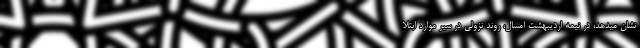
نشان میدهد، در نیمه اردیبهشت امسال، روند نزولی در سیر موارد ابتلا